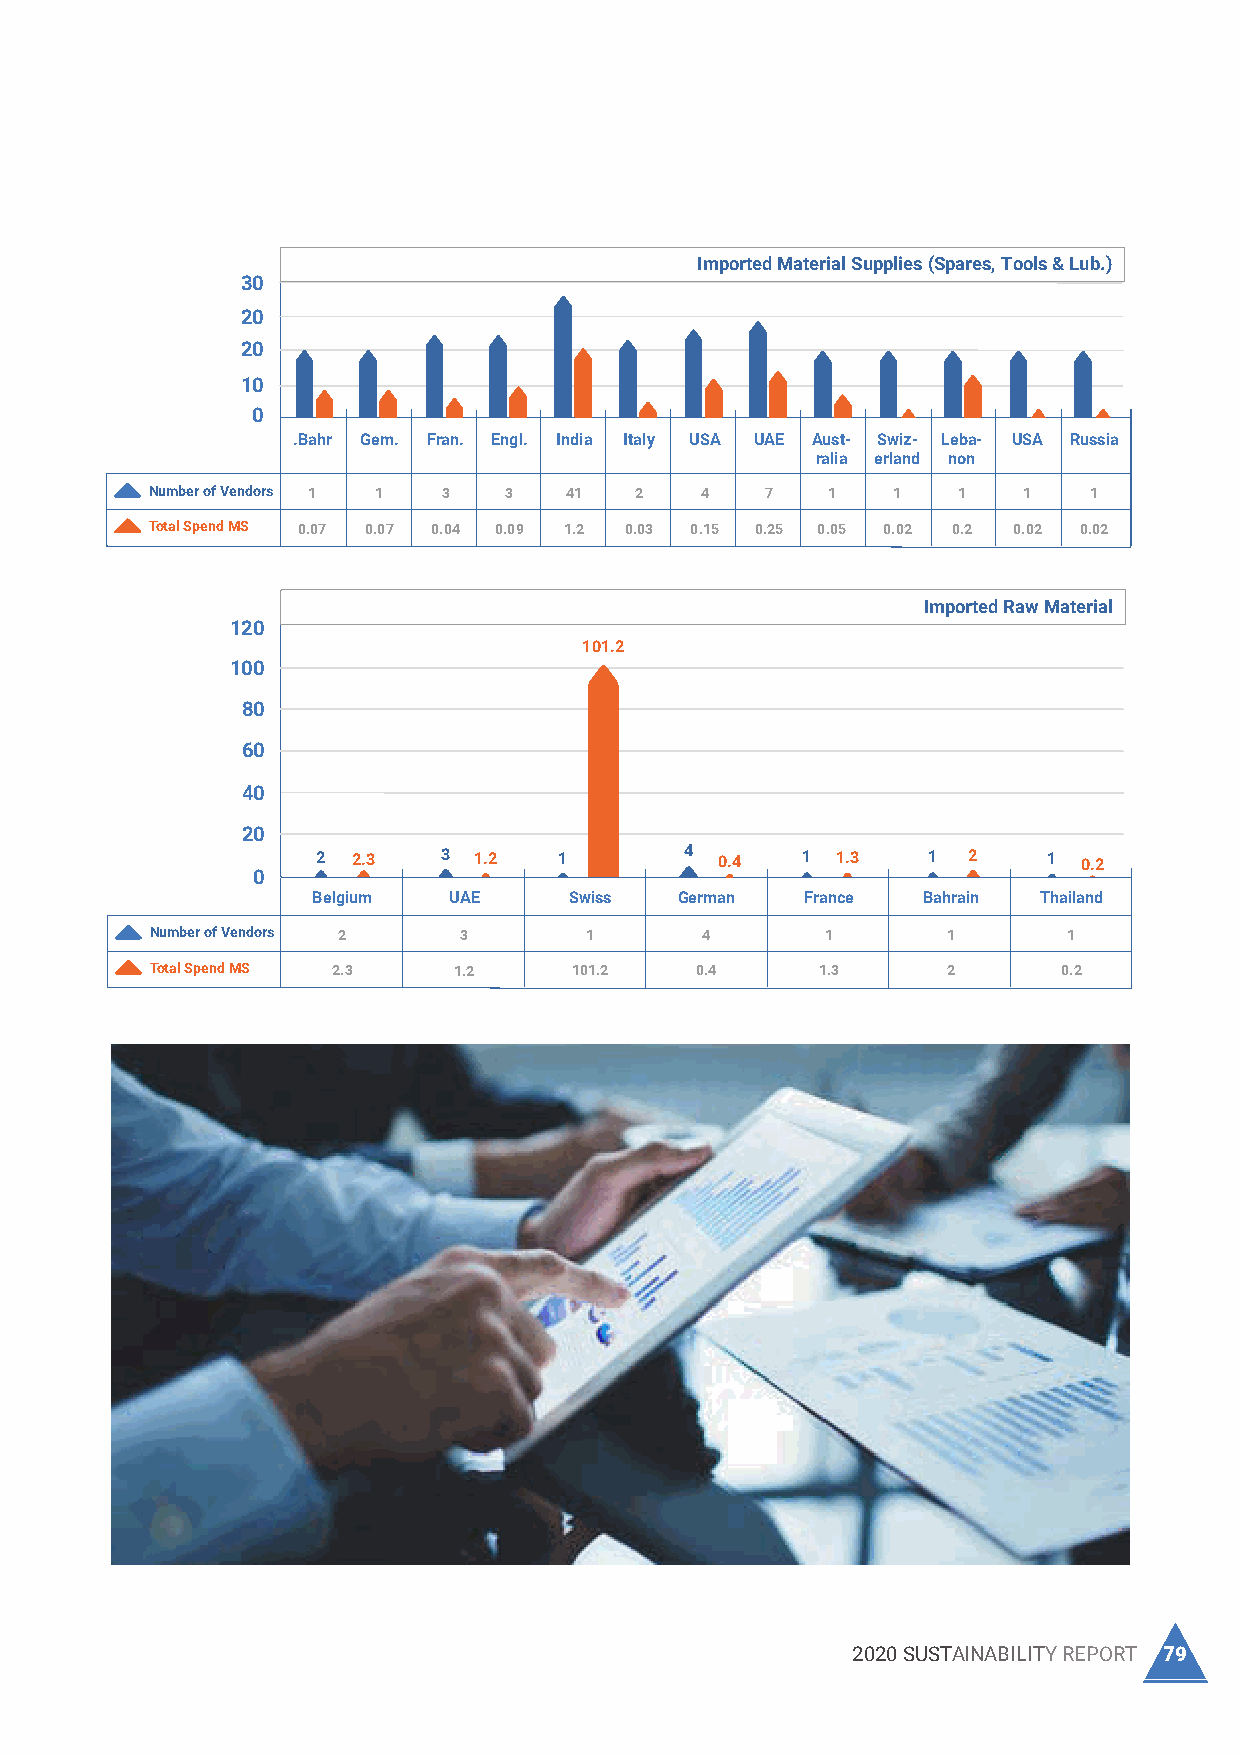
Imported Material Supplies (Spares, Tools & Lub.)
 I nSdpuesntrdiailng on local suppliers exceeds excluding the Ethylene Di Chloride 30
 Development Material which is sourced through 20
 spending on imported raw materials
 a Swiss supplier.
 20
 is
 10
 0
 Local Material Supplies (Spares, Tools, PPEs & Lub.) .Bahr Gem. Fran. Engl. India Italy USA UAE Aust- Swiz- Leba- USA Russia
 60                                                    ralia erland non
 Number of Vendors 1 1 3 3  41   2   4    7   1   1   1    1   1
 51
 50        Total Spend MS 0.07 0.07 0.04 0.09 1.2 0.03 0.15 0.25 0.05 0.02 0.2 0.02 0.02
 40
 Imported Raw Material
 120
 101.2
 30             100
 80
 20
 60
 40
 10
 6
 3               20
 1.1 0.04 0.01        2 2.3   3 1.2   1       4 0.4   1 1.3   1  2    1  0.2
 0                0
 2018 2019 2020       Belgium  UAE     Swiss  German  France  Bahrain Thailand
 Number of Vendors 51 6 3 Number of Vendors 2 3 1 4     1       1       1
 Total Spend MS 1.1 0.04 0.01 Total Spend MS 2.3 1.2 101.2 0.4 1.3 2   0.2
 Local Raw Material
 35
 33.2
 30 28
 25
 20
 15
 10
 5 5
 5
 2
 0.7 1 0.15 1 0.4 1 0.7
 0
 Cairo Alex. Port Said 10th of Ramadan Menia Damietta
 Number of Vendors 28 5 5 1 1 1
 Total Spend MS 33.2 2 0.7 1.15 0.4 0.7
 78 TCI SANMAR CHEMICALS S.A.E                           2020 SUSTAINABILITY REPORT 79